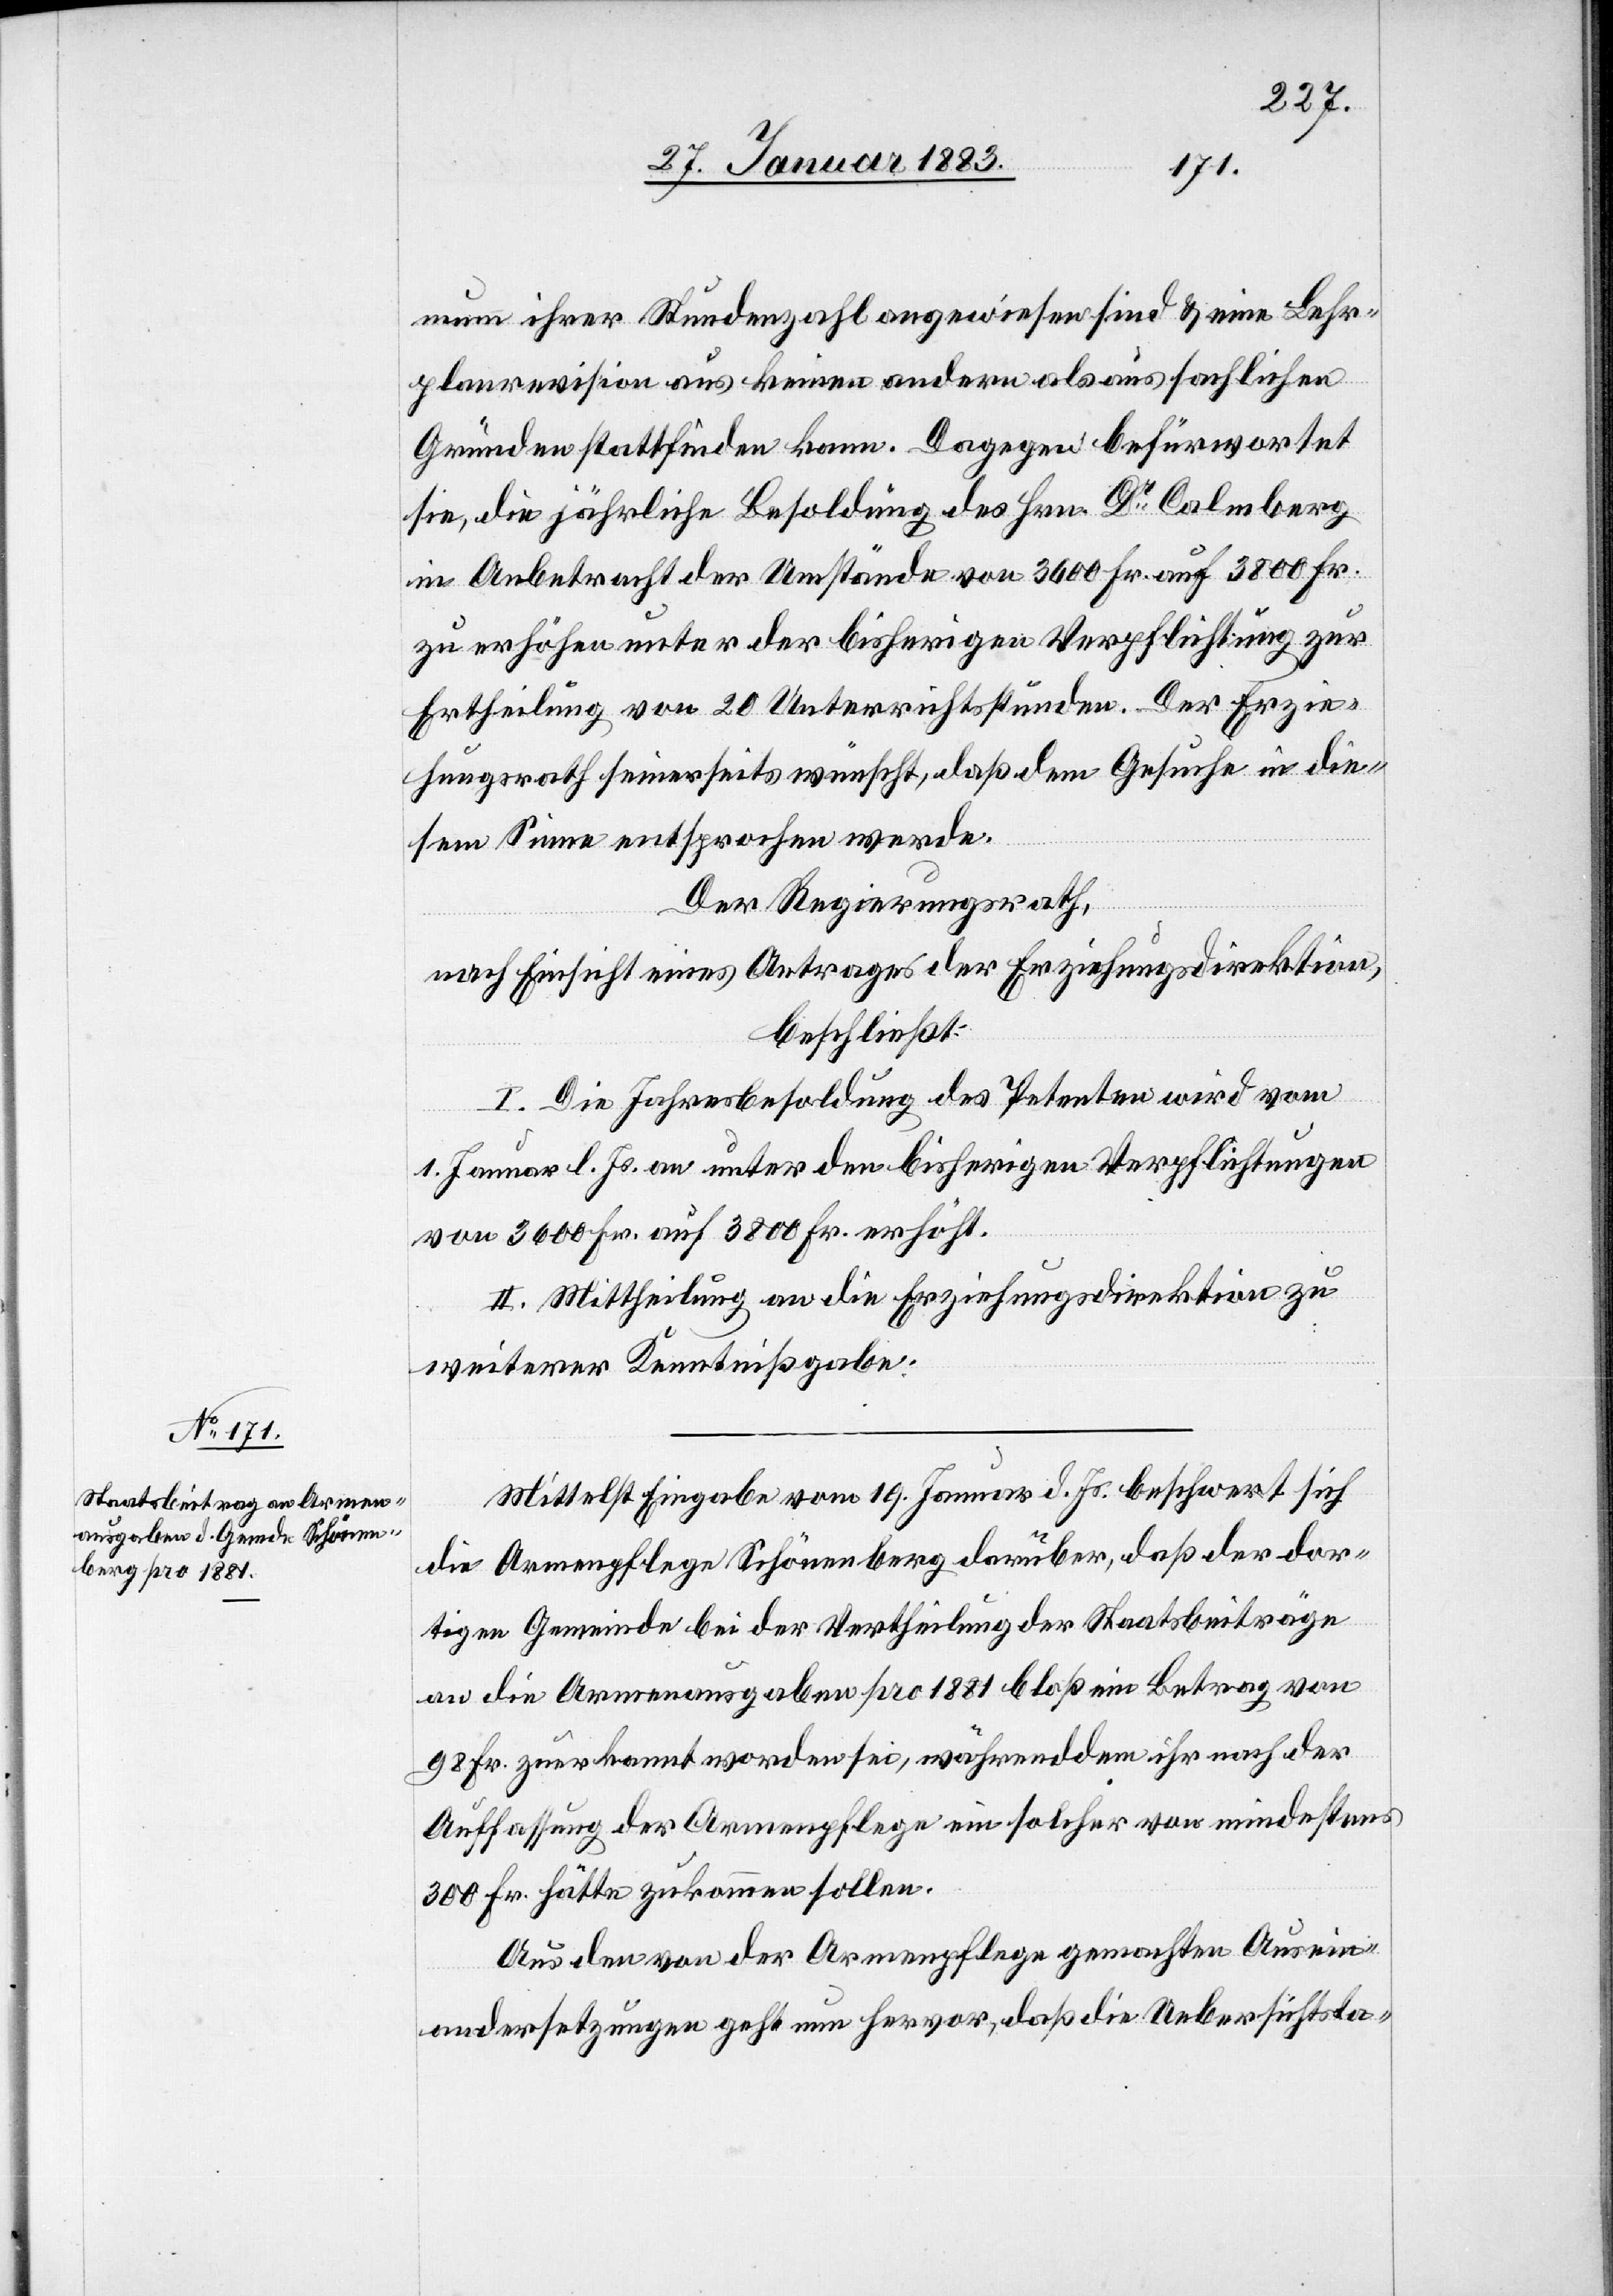
mum ihrer Stundenzahl angewiesen sind & eine Lehr¬
planrevision aus keinen andern als aus sachlichen
Gründen stattfinden kann. Dagegen befürwortet
sie, die jährliche Besoldung des Hrn. Dr Calmberg
in Anbetracht der Umstände von 3600 Fr. auf 3800 Fr.
zu erhöhen unter der bisherigen Verpflichtung zur
Ertheilung von 20 Unterrichtsstunden. Der Erzie¬
hungsrath seinerseits wünscht, daß dem Gesuche in die¬
sem Sinne entsprochen werde.
Der Regierungsrath,
nach Einsicht eines Antrages der Erziehungsdirektion,
beschließt:
I. Die Jahresbesoldung des Petenten wird vom
1. Januar l. Js. an unter den bisherigen Verpflichtungen
von 3600 Fr. auf 3800 Fr. erhöht.
II. Mittheilung an die Erziehungsdirektion zu
weiterer Kenntnißgabe.
Mittelst Eingabe vom 19. Januar d. Js. beschwert sich
die Armenpflege Schönenberg darüber, daß der dor¬
tigen Gemeinde bei der Vertheilung der Staatsbeiträge
an die Armenausgaben pro 1881 bloß ein Betrag von
98 Fr. zuerkannt worden sei, während ihr nach der
Auffassung der Armenpflege ein solcher von mindestens
300 Fr. hätte zukommen sollen.
Aus den von der Armenpflege gemachten Ausein¬
andersetzungen geht nun hervor, daß die Uebersichtsta-